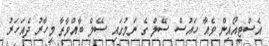
އެސްޓީއޯއިން ވެއާ ހައުސް ސޭލް ގެ ނަމުގައި ސޭލް ބާއްވާތާ މިހާރު ދެއަހަރު